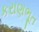
કરાણભૂત